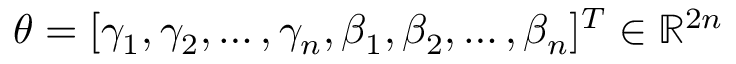
\boldsymbol { \theta } = [ \gamma _ { 1 } , \gamma _ { 2 } , \dots , \gamma _ { n } , \beta _ { 1 } , \beta _ { 2 } , \dots , \beta _ { n } ] ^ { T } \in \mathbb { R } ^ { 2 n }